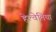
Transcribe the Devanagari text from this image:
हेल्वेतिया